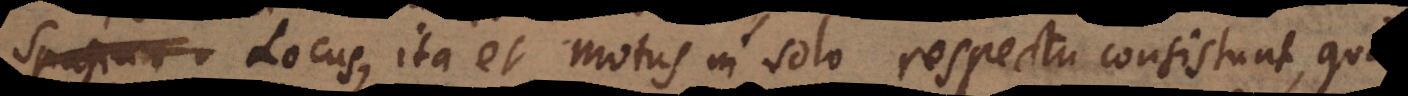
spatium Locus, ita et Motus in solo respectu consistunt,